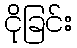
ငိုခြင်း